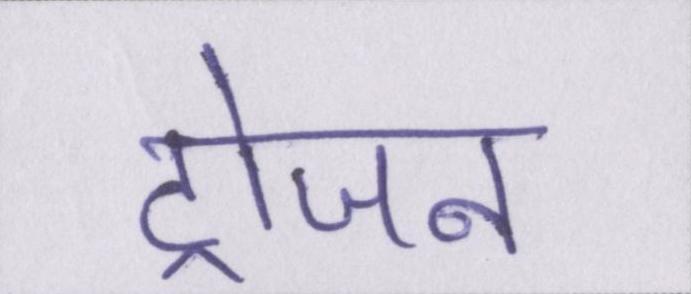
ट्रोजन